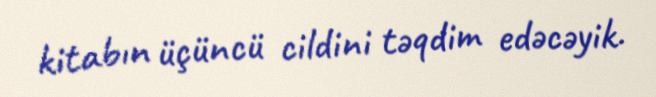
kitabın üçüncü cildini təqdim edəcəyik.